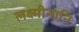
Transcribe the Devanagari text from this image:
लक्ष्मीनानि